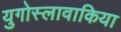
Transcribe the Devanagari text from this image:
युगोस्लावाकिया